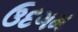
ઉદગમ